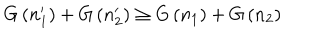
LaTeX: G \left( n _ { 1 } ^ { \prime } \right) + G \left( n _ { 2 } ^ { \prime } \right) \ge G \left( n _ { 1 } \right) + G \left( n _ { 2 } \right)